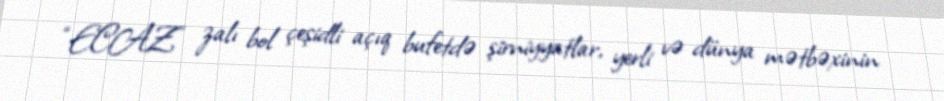
“ECAZ” zalı bol çeşidli açıq bufetdə şirniyyatlar, yerli və dünya mətbəxinin